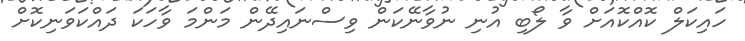
ހައިކަލް ކޮއްކޮއަށް ވާ ލޯބި އުނި ނުވާނޭކަން ވިސްނައިދޭން މަންމަ ވާހަކަ ދައްކަވަނިކޮށް